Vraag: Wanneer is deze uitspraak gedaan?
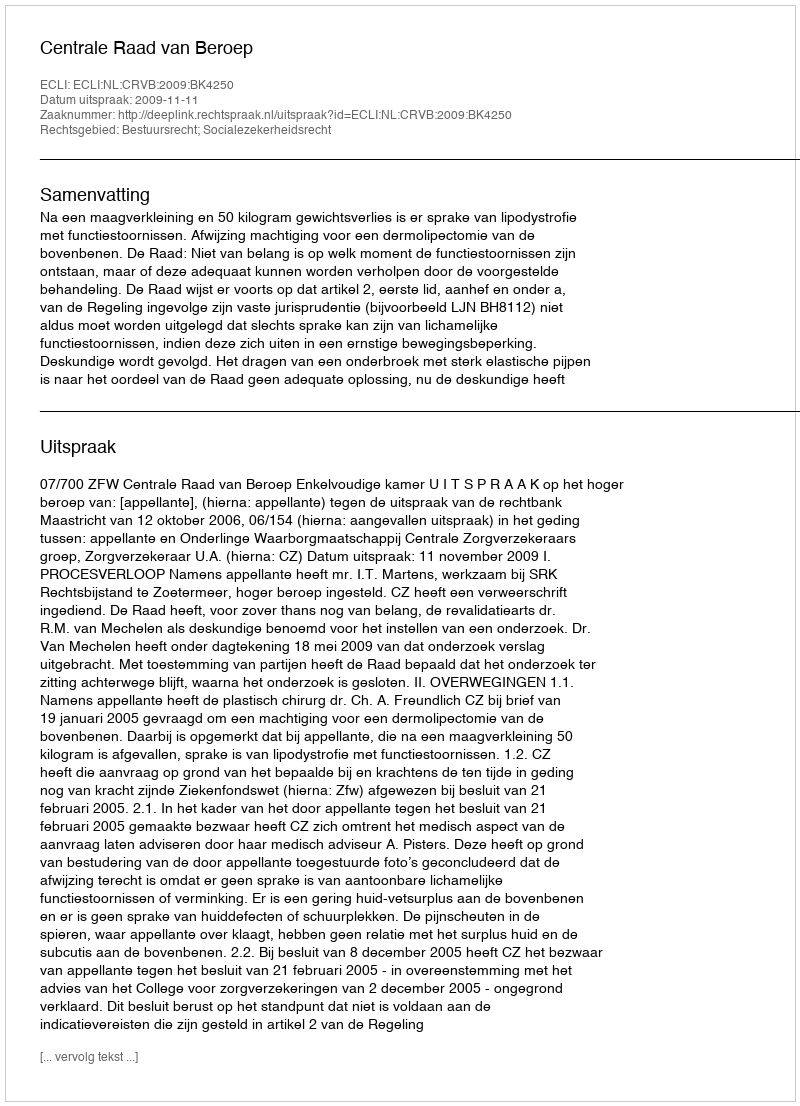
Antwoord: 2009-11-11